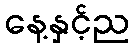
နေ့နှင့်ည